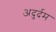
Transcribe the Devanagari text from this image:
अदुर्दम